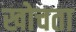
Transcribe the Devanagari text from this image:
खोचता